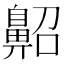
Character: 𪖠